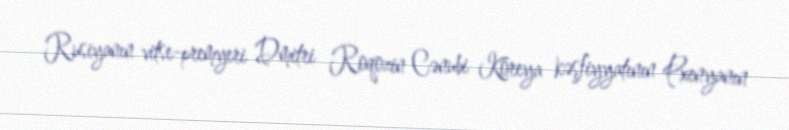
Rusiyanın vitse-premyeri Dmitri Roqozin Cənubi Koreya kəşfiyyatının Pxenyanın